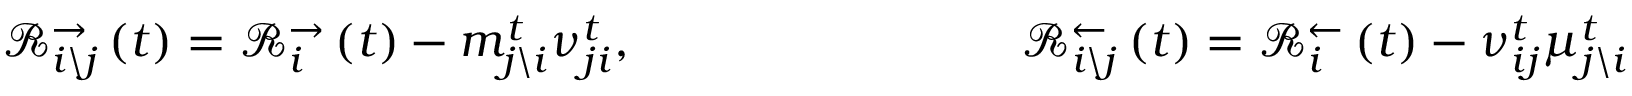
\mathcal { R } _ { i \backslash j } ^ { \rightarrow } \left( t \right) = \mathcal { R } _ { i } ^ { \rightarrow } \left( t \right) - m _ { j \backslash i } ^ { t } \nu _ { j i } ^ { t } , \qquad \qquad \qquad \qquad \mathcal { R } _ { i \backslash j } ^ { \leftarrow } \left( t \right) = \mathcal { R } _ { i } ^ { \leftarrow } \left( t \right) - \nu _ { i j } ^ { t } \mu _ { j \backslash i } ^ { t }